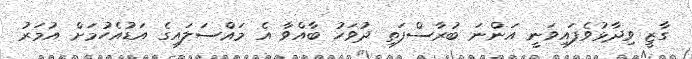
ގާޒީ ވިދާޅުވެފައިވަނީ އަންނަ ބުރާސްފަތި ދުވަހު ބާއްވާ އެ މައްސަލައިގެ އަޑުއެހުމަށް އުމަރު